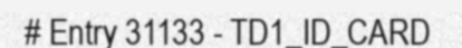
# Entry 31133 - TD1_ID_CARD